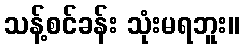
သန့်စင်ခန်း သုံးမရဘူး။